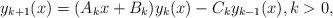
LaTeX: \begin{align*} y_{k+1}(x) = (A_kx+B_k) y_k(x) -C_ky_{k-1}(x), k>0,\end{align*}